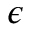
\epsilon